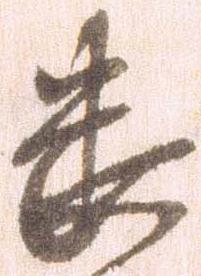
畏